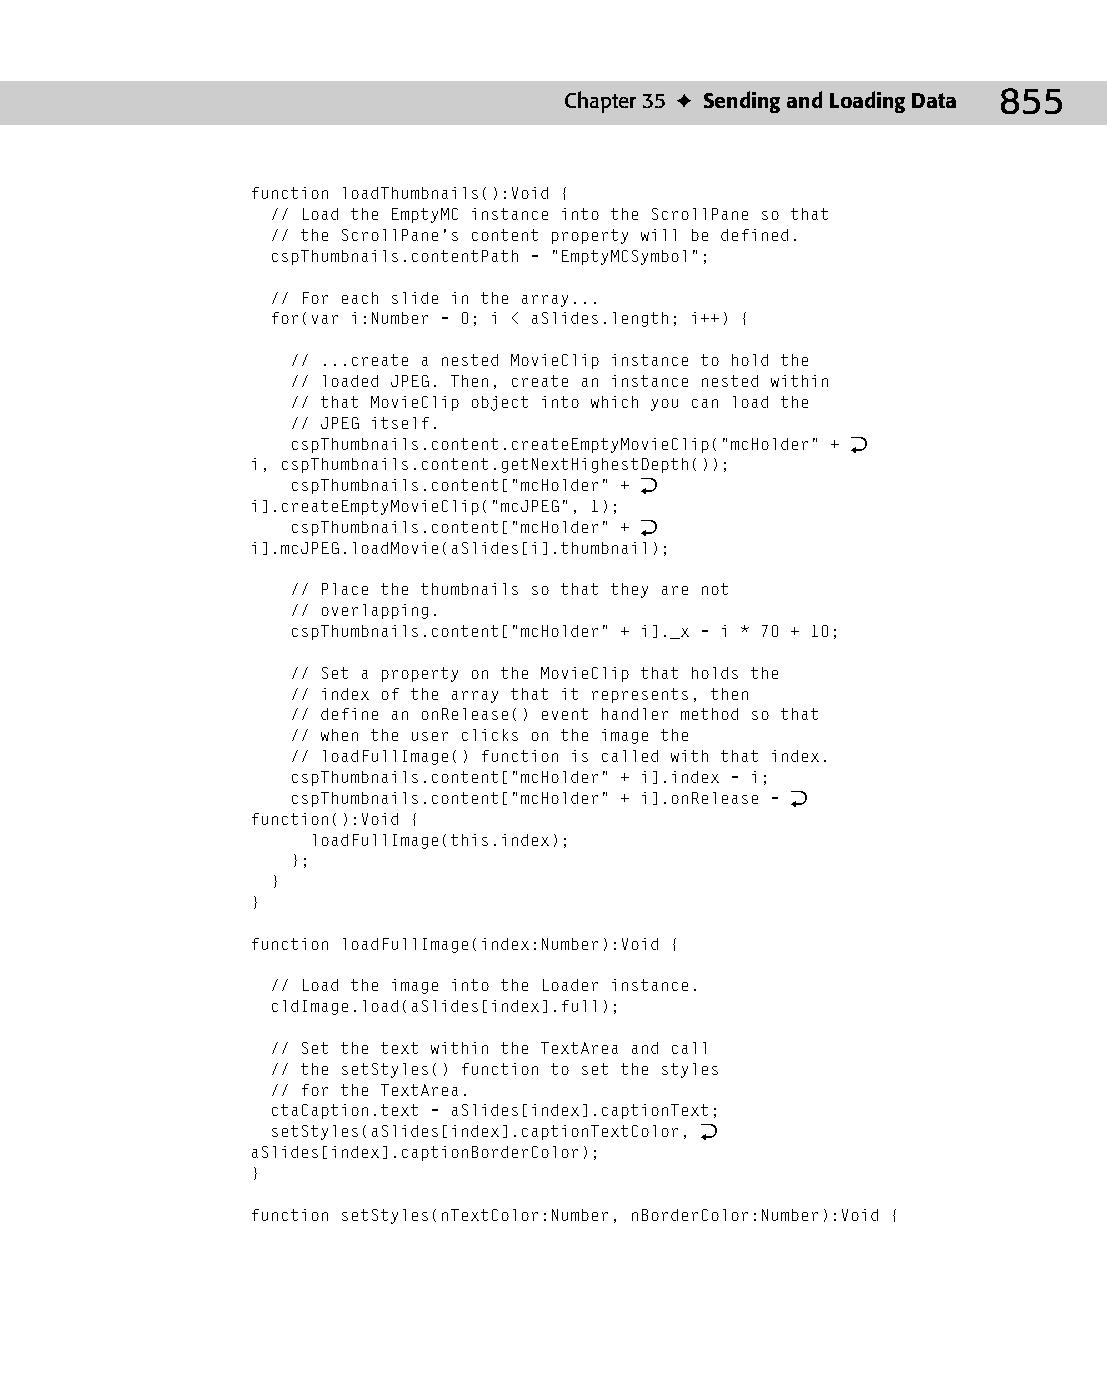
46 543547 ch35.qxd 3/24/04 4:15 PM Page 855
 Chapter 35 ✦ Sending and Loading Data 855
 function loadThumbnails():Void {
 // Load the EmptyMC instance into the ScrollPane so that
 // the ScrollPane’s content property will be defined.
 cspThumbnails.contentPath = “EmptyMCSymbol”;
 // For each slide in the array...
 for(var i:Number = 0; i < aSlides.length; i++) {
 // ...create a nested MovieClip instance to hold the
 // loaded JPEG. Then, create an instance nested within
 // that MovieClip object into which you can load the
 // JPEG itself.
 cspThumbnails.content.createEmptyMovieClip(“mcHolder” + Æ
 i, cspThumbnails.content.getNextHighestDepth());
 cspThumbnails.content[“mcHolder” + Æ
 i].createEmptyMovieClip(“mcJPEG”, 1);
 cspThumbnails.content[“mcHolder” + Æ
 i].mcJPEG.loadMovie(aSlides[i].thumbnail);
 // Place the thumbnails so that they are not
 // overlapping.
 cspThumbnails.content[“mcHolder” + i]._x = i * 70 + 10;
 // Set a property on the MovieClip that holds the
 // index of the array that it represents, then
 // define an onRelease() event handler method so that
 // when the user clicks on the image the
 // loadFullImage() function is called with that index.
 cspThumbnails.content[“mcHolder” + i].index = i;
 cspThumbnails.content[“mcHolder” + i].onRelease = Æ
 function():Void {
 loadFullImage(this.index);
 };
 }
 }
 function loadFullImage(index:Number):Void {
 // Load the image into the Loader instance.
 cldImage.load(aSlides[index].full);
 // Set the text within the TextArea and call
 // the setStyles() function to set the styles
 // for the TextArea.
 ctaCaption.text = aSlides[index].captionText;
 setStyles(aSlides[index].captionTextColor, Æ
 aSlides[index].captionBorderColor);
 }
 function setStyles(nTextColor:Number, nBorderColor:Number):Void {